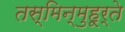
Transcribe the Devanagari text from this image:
तस्मिन्मुहूर्ते